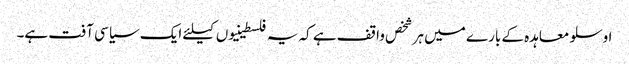
اوسلو معاہدہ کے بارے میں ہر شخص واقف ہے کہ یہ فلسطینیوں کیلئے ایک سیاسی آفت ہے۔